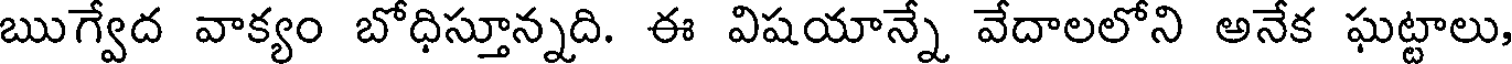
ఋగ్వేద వాక్యం బోధిస్తూన్నది. ఈ విషయాన్నే వేదాలలోని అనేక ఘట్టాలు,